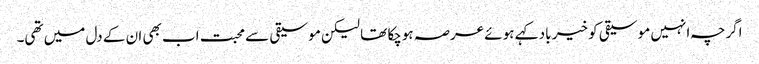
اگرچہ انہیں موسیقی کو خیر باد کہے ہوئے عرصہ ہوچکا تھا لیکن موسیقی سے محبت اب بھی ان کے دل میں تھی۔